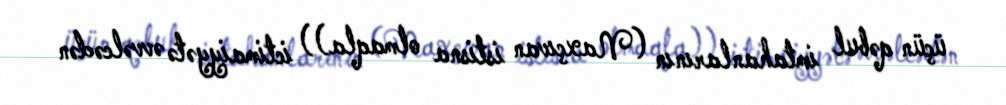
üçün qəbul imtahanlarının (Naxçıvan istisna olmaqla)) ictimaiyyətə əvvəlcədən